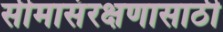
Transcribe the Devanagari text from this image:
सीमासंरक्षणासाठी